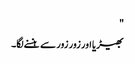
"
بھیڑیا اور زور زور سے ہنسنے لگا۔